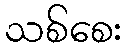
သစ်စေး